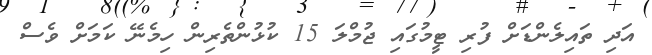
އަދި ތައިލެންޑަށް ފުރި ޓީމުގައި ޖުމްލަ 15 ކުޅުންތެރިން ހިމެނޭ ކަމަށް ވެސް